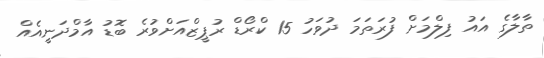
ތާލާގެ އައު ފިލްމަށް ފުރަތަމަ ދުވަހު 15 ކްރޯޑް ރުޕީޒްއަށްވުރެ ބޮޑު އާމްދަނީއެއް